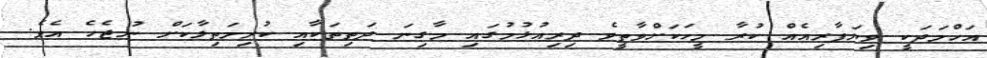
އަހްމަދަކީ ވިޔަފާރިއެއް ކުރާ މީހަކަށްވާތީވެ ދިރިއުޅުމުގައި މާގިނަ ދަތިތަކާއި ކުރިމަތިލާކަށް ނުޖެހެ އެވެ.